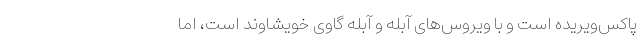
پاکس‌ویریده است و با ویروس‌های آبله و آبله گاوی خویشاوند است، اما